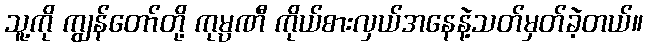
သူ့ကို ကျွန်တော်တို့ ကုမ္ပဏီ ကိုယ်စားလှယ်အနေနဲ့သတ်မှတ်ခဲ့တယ်။